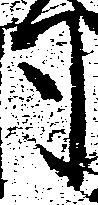
司